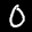
Label: 0